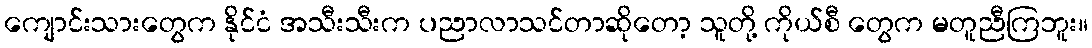
ကျောင်းသားတွေက နိုင်ငံ အသီးသီးက ပညာလာသင်တာဆိုတော့ သူတို့ ကိုယ်စီ တွေက မတူညီကြဘူး။